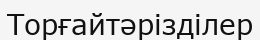
Торғайтәрізділер